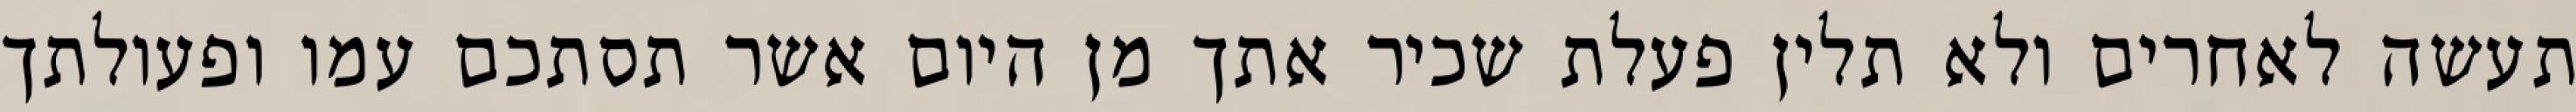
תעשה לאחרים ולא תלין פעלת שכיר אתך מן היום אשר תסתכם עמו ופעולתך